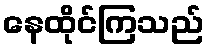
နေထိုင်ကြသည်